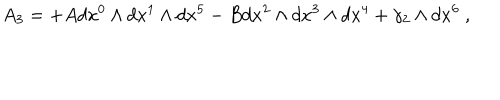
A _ { 3 } = + A d x ^ { 0 } \wedge d x ^ { 1 } \wedge d x ^ { 5 } - B d x ^ { 2 } \wedge d x ^ { 3 } \wedge d x ^ { 4 } + \gamma _ { 2 } \wedge d x ^ { 6 } \ ,